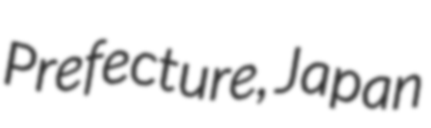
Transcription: Prefecture, Japan